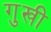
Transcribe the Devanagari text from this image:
गुखी